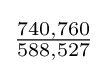
{\tfrac {740,760}{588,527}}